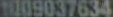
1009037634